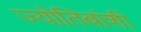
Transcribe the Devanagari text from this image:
ज्योतिबांशी